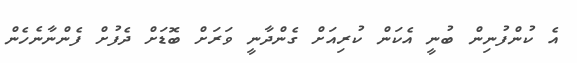
އެ ކުންފުނިން ބުނީ އެކަން ކުރިއަށް ގެންދާނީ ވަރަށް ބޮޑަށް ދެފުށް ފެންނާނެހެން